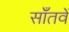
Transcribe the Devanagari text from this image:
साँतवें